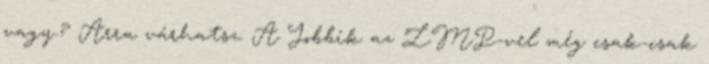
vagy.? Arra várhatsz. A Jobbik az LMP-vel még csak-csak